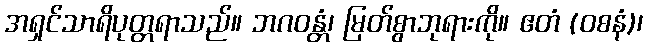
အရှင်သာရိပုတ္တရာသည်။ ဘဂဝန္တံ၊ မြတ်စွာဘုရားကို။ ဧတံ (ဝစနံ)၊